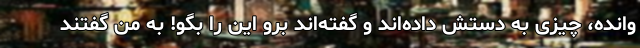
وانده، چیزی به دستش داده‌اند و گفته‌اند برو این را بگو! به من گفتند